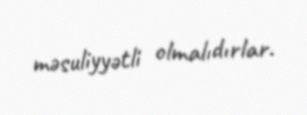
məsuliyyətli olmalıdırlar.